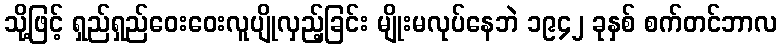
သို့ဖြင့် ရှည်ရှည်ဝေးဝေးလူပျိုလှည့်ခြင်း မျိုးမလုပ်နေဘဲ ၁၉၄၂ ခုနှစ် စက်တင်ဘာလ